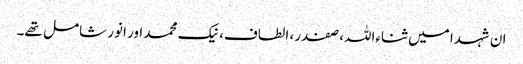
ان شہدا میں ثناءاللہ، صفدر، الطاف، نیک محمد اور انور شامل تھے۔